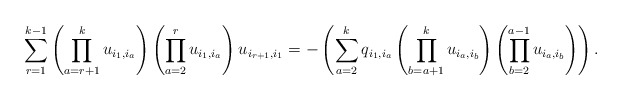
\begin{gather*}\sum_{r=1}^{k-1} \left(\prod_{a=r+1}^{k} u_{i_{1},i_{a}} \right) \left(\prod_{a=2}^{r} u_{i_{1},i_{a}} \right) u_{i_{r+1},i_{1}}= - \left( \sum_{a=2}^{k}q_{i_{1},i_{a}} \left(\prod_{b =a+1}^{k } u_{i_{a},i_{b}} \right) \left( \prod_{b=2}^{a-1} u_{i_{a},i_{b}} \right) \right).\end{gather*}